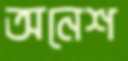
অনেশ